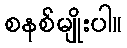
စနစ်မျိုးပါ။